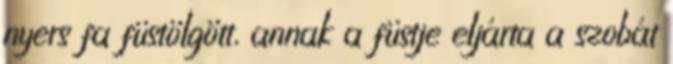
nyers fa füstölgött, annak a füstje eljárta a szobát